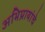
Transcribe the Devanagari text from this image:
अभिप्रायांचे